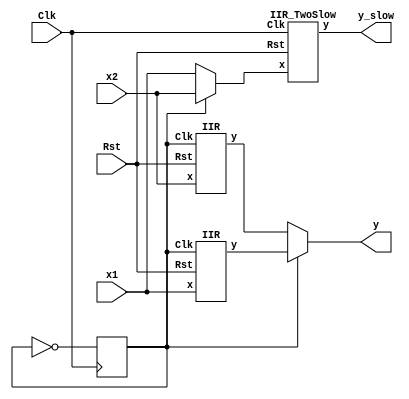
module top_module (
	input [7:0] x1, x2,
	input Clk, Rst,
	output [7:0] y_slow, y
);
	wire [7:0] y_1, y_2, x_MUX_out;
  	reg Sel = 0;
  	always @(posedge Clk)
      begin
        Sel <= ~Sel;
      end
			
	IIR i1(x1, Sel, Rst, y_1);
	IIR i2(x2, Sel, Rst, y_2);
	IIR_TwoSlow i3(x_MUX_out, Clk, Rst, y_slow);
	
	assign y = Sel ? y_1 : y_2;
	assign x_MUX_out = Sel ? x2 : x1;
	

endmodule

//IIR Filter module
module IIR(
	input [7:0] x,
	input Clk, Rst,
	output [7:0] y	
);
	wire [7:0] y_wire;
  	reg [7:0] y_del;
	reg [7:0] xin;
  always @(posedge Clk) 
      begin
        if(Rst)
          begin
            y_del <= 0;
            xin <= 0;
          end
        else
          begin
            y_del <= y_wire;
            xin <= x; 
          end
      end		
  	assign y_wire = (y_del>>1) + xin; 
	assign y = y_wire;
	
endmodule

//IIR Filter module
module IIR_TwoSlow(
	input [7:0] x,
	input Clk, Rst,
	output [7:0] y	
);
	wire [7:0] y_wire;
  	reg [7:0] y_del;
  	reg [7:0] y_del2;
	reg [7:0] xin;
  always @(posedge Clk) 
      begin
        if(Rst)
          begin
            y_del <= 0;
            y_del2 <= 0;
            xin <= 0;
          end
        else
          begin
            y_del <= y_wire;
            y_del2 <= y_del;
            xin <= x; 
          end
      end		
  	assign y_wire = (y_del2>>1) + xin; 
	assign y = y_wire;
	
endmodule